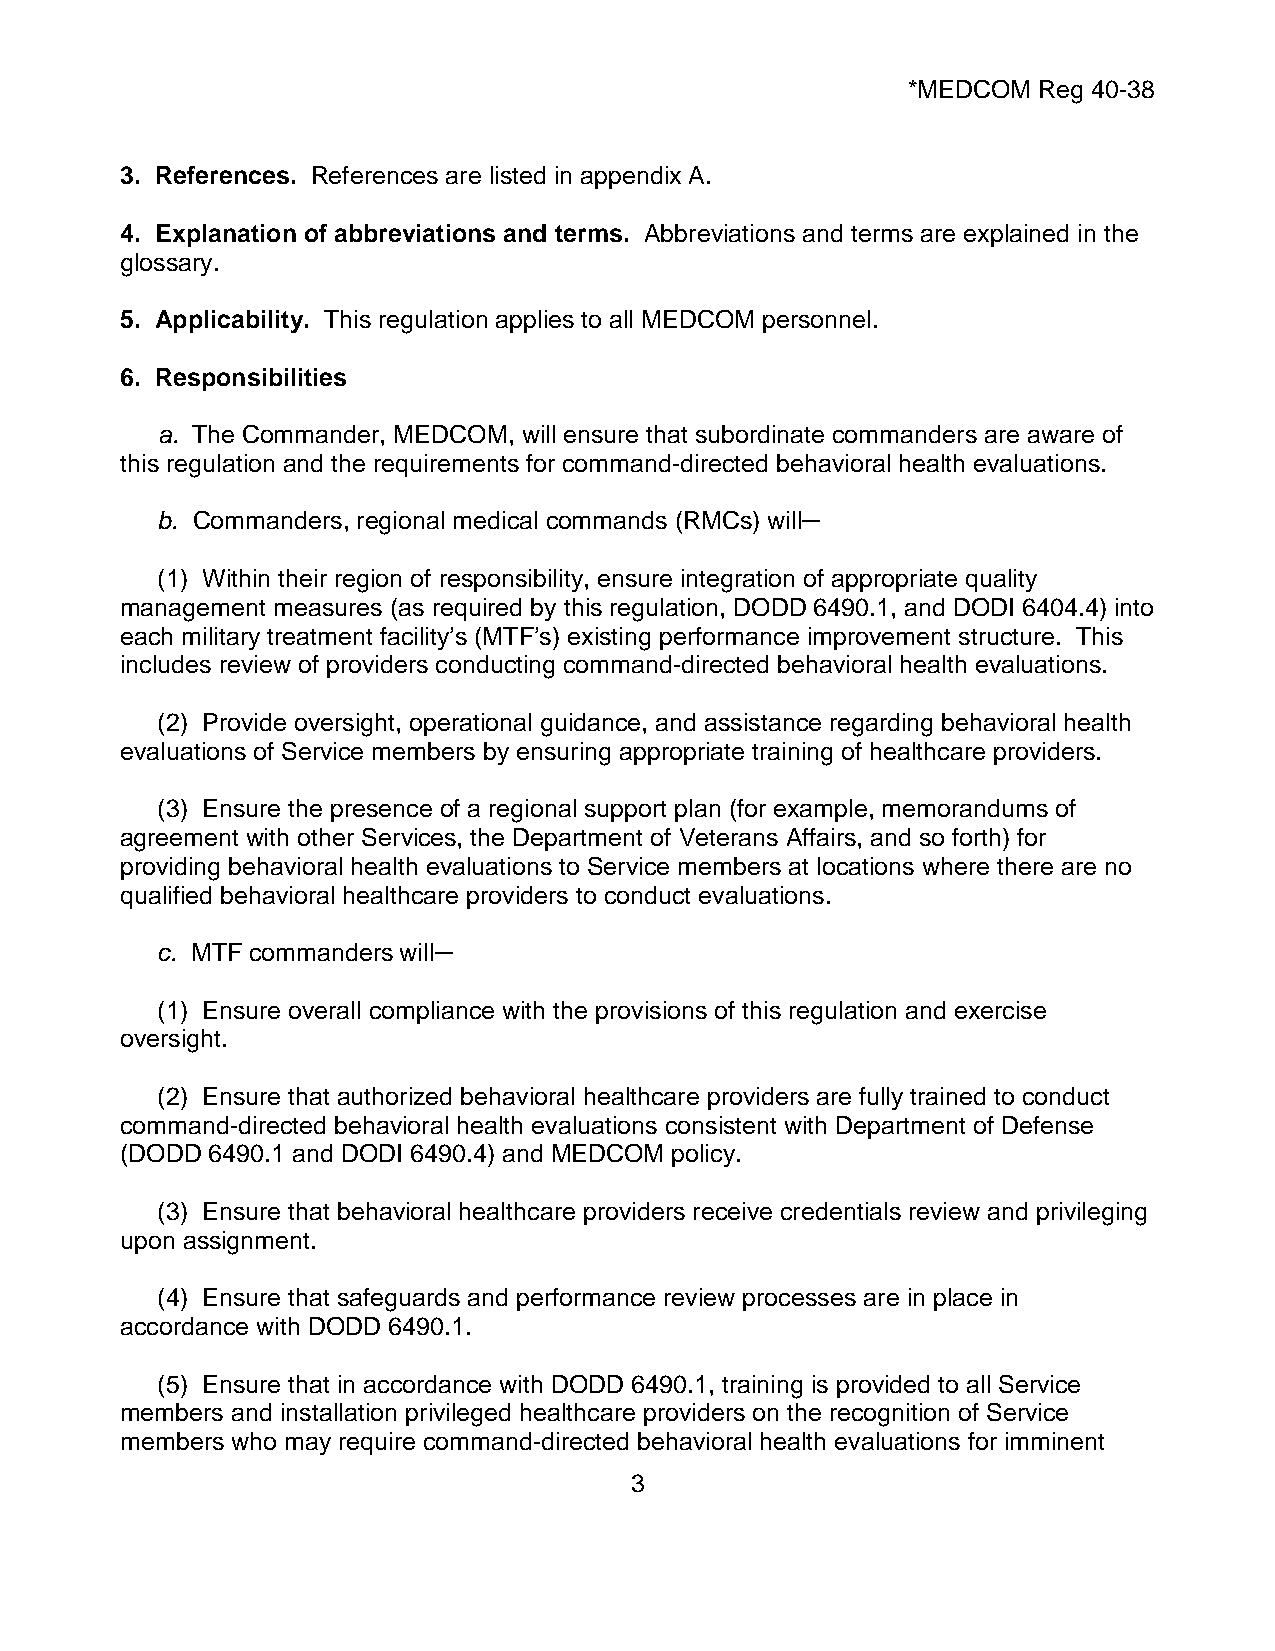
*MEDCOM  Reg 40-38
 3. References. References are listed in appendix A.
 4. Explanation of abbreviations and terms. Abbreviations and terms are explained in the
 glossary.
 5. Applicability. This regulation applies to all MEDCOM personnel.
 6. Responsibilities
 a. The Commander, MEDCOM, will ensure that subordinate commanders are aware of
 this regulation and the requirements for command-directed behavioral health evaluations.
 b. Commanders, regional medical commands (RMCs) will─
 (1) Within their region of responsibility, ensure integration of appropriate quality
 management measures (as required by this regulation, DODD 6490.1, and DODI 6404.4) into
 each military treatment facility’s (MTF’s) existing performance improvement structure. This
 includes review of providers conducting command-directed behavioral health evaluations.
 (2) Provide oversight, operational guidance, and assistance regarding behavioral health
 evaluations of Service members by ensuring appropriate training of healthcare providers.
 (3) Ensure the presence of a regional support plan (for example, memorandums of
 agreement with other Services, the Department of Veterans Affairs, and so forth) for
 providing behavioral health evaluations to Service members at locations where there are no
 qualified behavioral healthcare providers to conduct evaluations.
 c. MTF commanders will─
 (1) Ensure overall compliance with the provisions of this regulation and exercise
 oversight.
 (2) Ensure that authorized behavioral healthcare providers are fully trained to conduct
 command-directed behavioral health evaluations consistent with Department of Defense
 (DODD 6490.1 and DODI 6490.4) and MEDCOM policy.
 (3) Ensure that behavioral healthcare providers receive credentials review and privileging
 upon assignment.
 (4) Ensure that safeguards and performance review processes are in place in
 accordance with DODD 6490.1.
 (5) Ensure that in accordance with DODD 6490.1, training is provided to all Service
 members and installation privileged healthcare providers on the recognition of Service
 members who may require command-directed behavioral health evaluations for imminent
 3